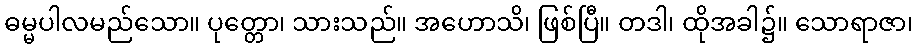
ဓမ္မပါလမည်သော။ ပုတ္တော၊ သားသည်။ အဟောသိ၊ ဖြစ်ပြီ။ တဒါ၊ ထိုအခါ၌။ သောရာဇာ၊